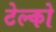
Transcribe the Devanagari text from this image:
टेल्‍को